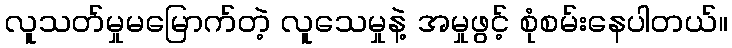
လူသတ်မှုမမြောက်တဲ့ လူသေမှုနဲ့ အမှုဖွင့် စုံစမ်းနေပါတယ်။